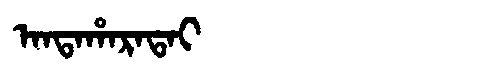
Manchu: ᠠᠨᡨᠠᡥᠠᡵᠠᡨᠠᡳ
Romanization: ANTAHARATAI